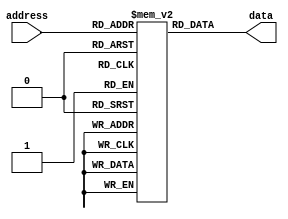
module ROM (
    input [7:0] address,
    output [7:0] data
);

reg [7:0] memory [0:255];

initial begin
    // Initialize memory values
    memory[0] = 8'h10;
    memory[1] = 8'h20;
    // Add more initializations for other memory cells as needed
end

always @* begin
    data = memory[address];
end

endmodule